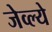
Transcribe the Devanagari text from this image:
जेव्ल्ये